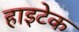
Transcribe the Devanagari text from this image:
हाइटेक